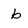
Character: b